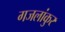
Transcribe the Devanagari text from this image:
गजलांकुर